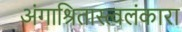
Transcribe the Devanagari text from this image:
अंगाश्रितास्त्वलंकारा